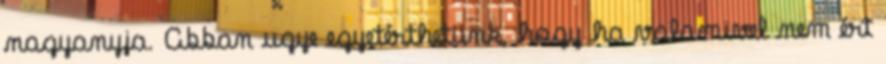
nagyanyja. Abban ugye egyetérthetünk, hogy ha valamivel nem ért